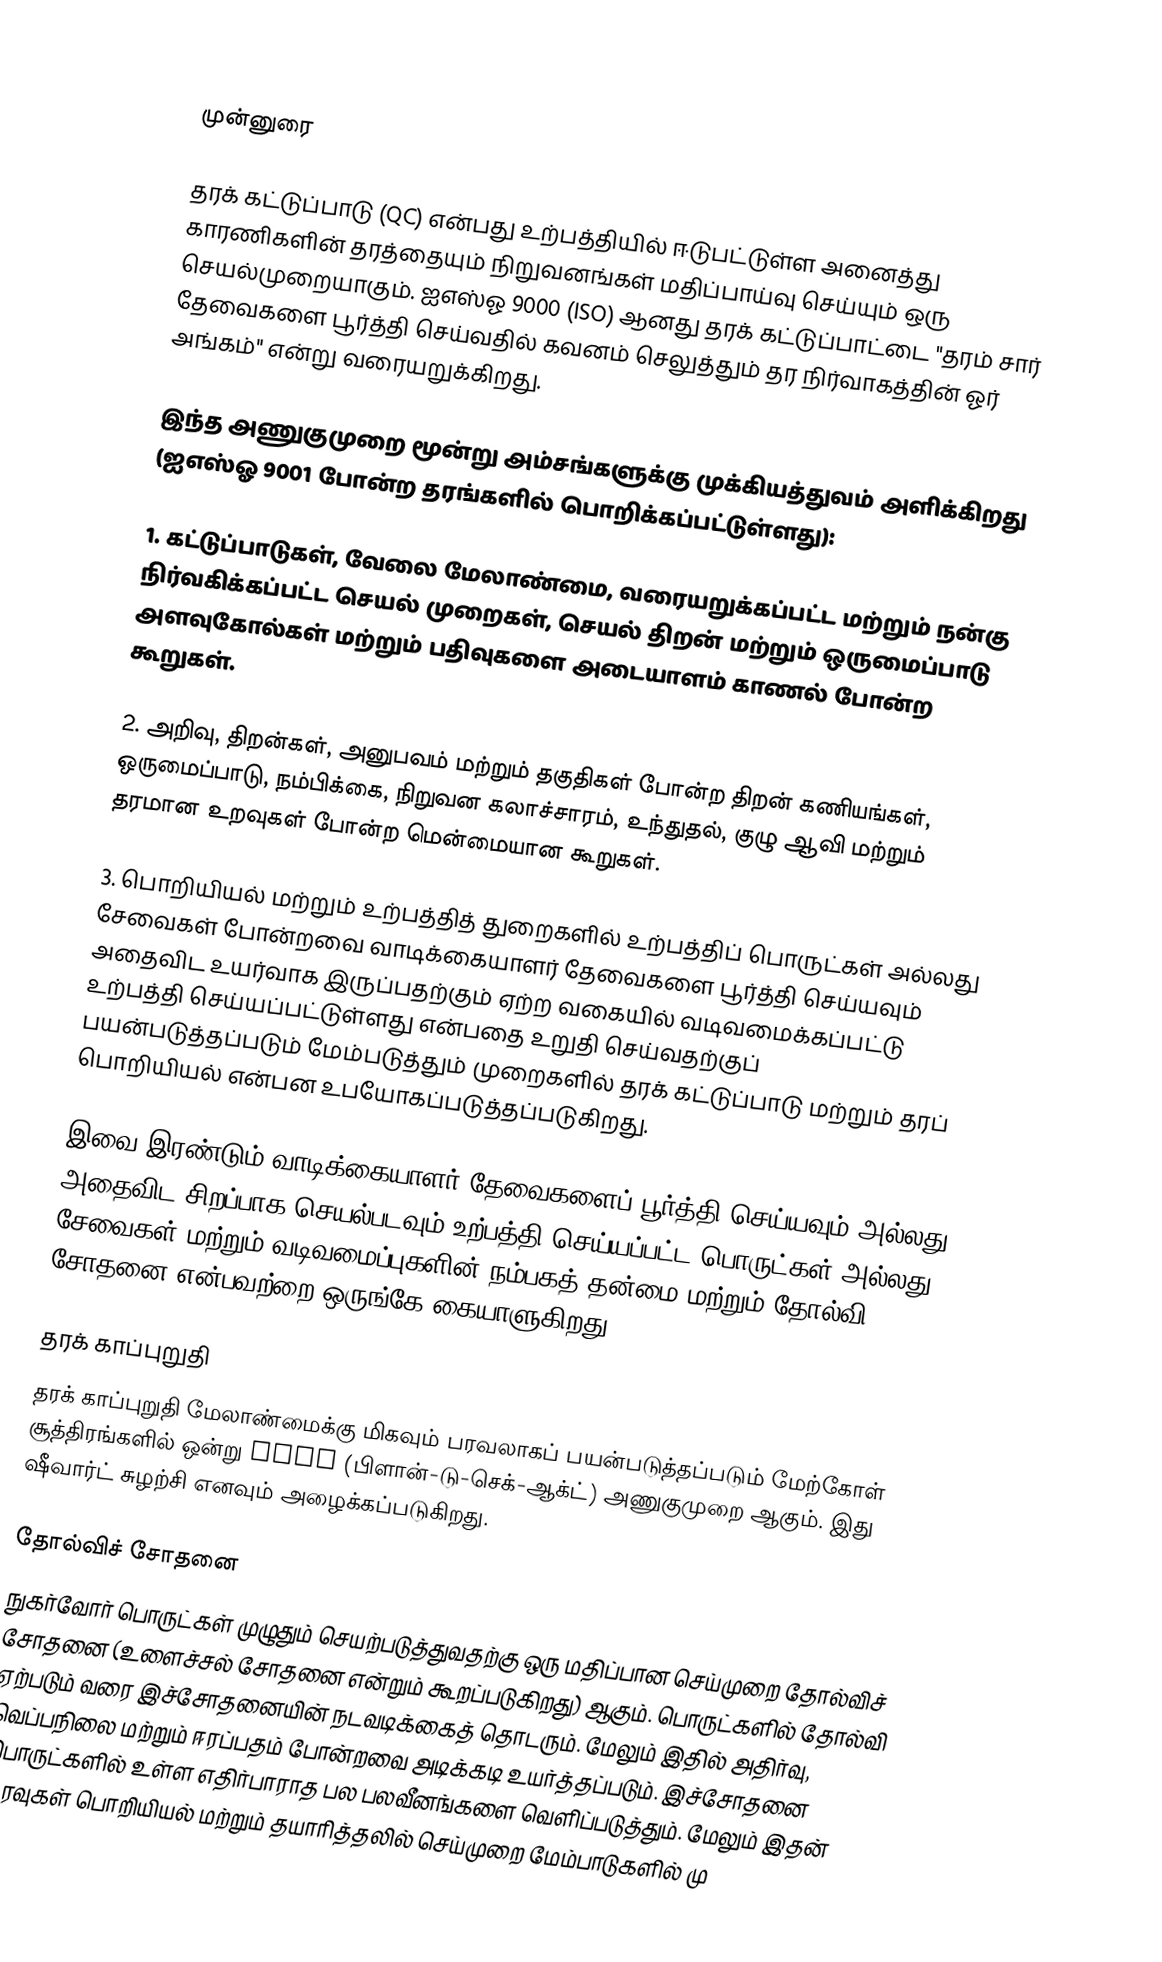

முன்னுரை

தரக் கட்டுப்பாடு (QC) என்பது உற்பத்தியில் ஈடுபட்டுள்ள அனைத்து காரணிகளின் தரத்தையும் நிறுவனங்கள் மதிப்பாய்வு செய்யும் ஒரு செயல்முறையாகும். ஐஎஸ்ஓ 9000 (ISO) ஆனது தரக் கட்டுப்பாட்டை "தரம் சார் தேவைகளை பூர்த்தி செய்வதில் கவனம் செலுத்தும் தர நிர்வாகத்தின் ஓர் அங்கம்" என்று வரையறுக்கிறது.

இந்த அணுகுமுறை மூன்று அம்சங்களுக்கு முக்கியத்துவம் அளிக்கிறது (ஐஎஸ்ஓ 9001 போன்ற தரங்களில் பொறிக்கப்பட்டுள்ளது):

1. கட்டுப்பாடுகள், வேலை மேலாண்மை, வரையறுக்கப்பட்ட மற்றும் நன்கு நிர்வகிக்கப்பட்ட செயல் முறைகள், செயல் திறன் மற்றும் ஒருமைப்பாடு அளவுகோல்கள் மற்றும் பதிவுகளை அடையாளம் காணல் போன்ற கூறுகள்.

2. அறிவு, திறன்கள், அனுபவம் மற்றும் தகுதிகள் போன்ற திறன் கணியங்கள், ஒருமைப்பாடு, நம்பிக்கை, நிறுவன கலாச்சாரம், உந்துதல், குழு ஆவி மற்றும் தரமான உறவுகள் போன்ற மென்மையான கூறுகள்.

3. பொறியியல் மற்றும் உற்பத்தித் துறைகளில் உற்பத்திப் பொருட்கள் அல்லது சேவைகள் போன்றவை வாடிக்கையாளர் தேவைகளை பூர்த்தி செய்யவும் அதைவிட உயர்வாக இருப்பதற்கும் ஏற்ற வகையில் வடிவமைக்கப்பட்டு உற்பத்தி செய்யப்பட்டுள்ளது என்பதை உறுதி செய்வதற்குப் பயன்படுத்தப்படும் மேம்படுத்தும் முறைகளில் தரக் கட்டுப்பாடு மற்றும் தரப் பொறியியல் என்பன உபயோகப்படுத்தப்படுகிறது.

இவை இரண்டும் வாடிக்கையாளர் தேவைகளைப் பூர்த்தி செய்யவும் அல்லது அதைவிட சிறப்பாக செயல்படவும் உற்பத்தி செய்யப்பட்ட பொருட்கள் அல்லது சேவைகள் மற்றும் வடிவமைப்புகளின் நம்பகத் தன்மை மற்றும் தோல்வி சோதனை என்பவற்றை ஒருங்கே கையாளுகிறது.

தரக் காப்புறுதி
தரக் காப்புறுதி மேலாண்மைக்கு மிகவும் பரவலாகப் பயன்படுத்தப்படும் மேற்கோள் சூத்திரங்களில் ஒன்று PDCA (பிளான்-டு-செக்-ஆக்ட்) அணுகுமுறை ஆகும். இது ஷீவார்ட் சுழற்சி எனவும் அழைக்கப்படுகிறது.

தோல்விச் சோதனை
நுகர்வோர் பொருட்கள் முழுதும் செயற்படுத்துவதற்கு ஒரு மதிப்பான செய்முறை தோல்விச் சோதனை (உளைச்சல் சோதனை என்றும் கூறப்படுகிறது) ஆகும். பொருட்களில் தோல்வி ஏற்படும் வரை இச்சோதனையின் நடவடிக்கைத் தொடரும். மேலும் இதில் அதிர்வு, வெப்பநிலை மற்றும் ஈரப்பதம் போன்றவை அடிக்கடி உயர்த்தப்படும். இச்சோதனை பொருட்களில் உள்ள எதிர்பாராத பல பலவீனங்களை வெளிப்படுத்தும். மேலும் இதன் தரவுகள் பொறியியல் மற்றும் தயாரித்தலில் செய்முறை மேம்பாடுகளில் மு